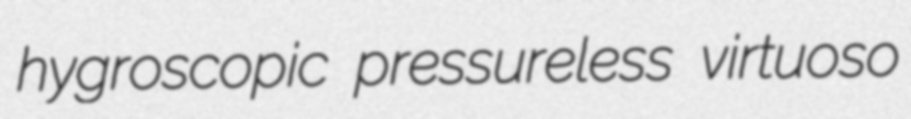
hygroscopic pressureless virtuoso